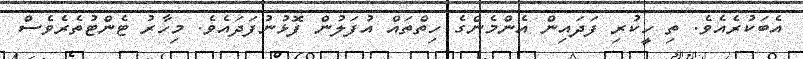
އެބަކުރެއެވެ. ތި ހީކުރި ފަދައިން އެންމެންގެ ހިތްތައް އުފަލުން ފޮޅުނުފަދައެވެ. މިހާރު ޓެންޓުތެރެވެސް